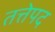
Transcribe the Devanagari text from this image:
तत्तेपद